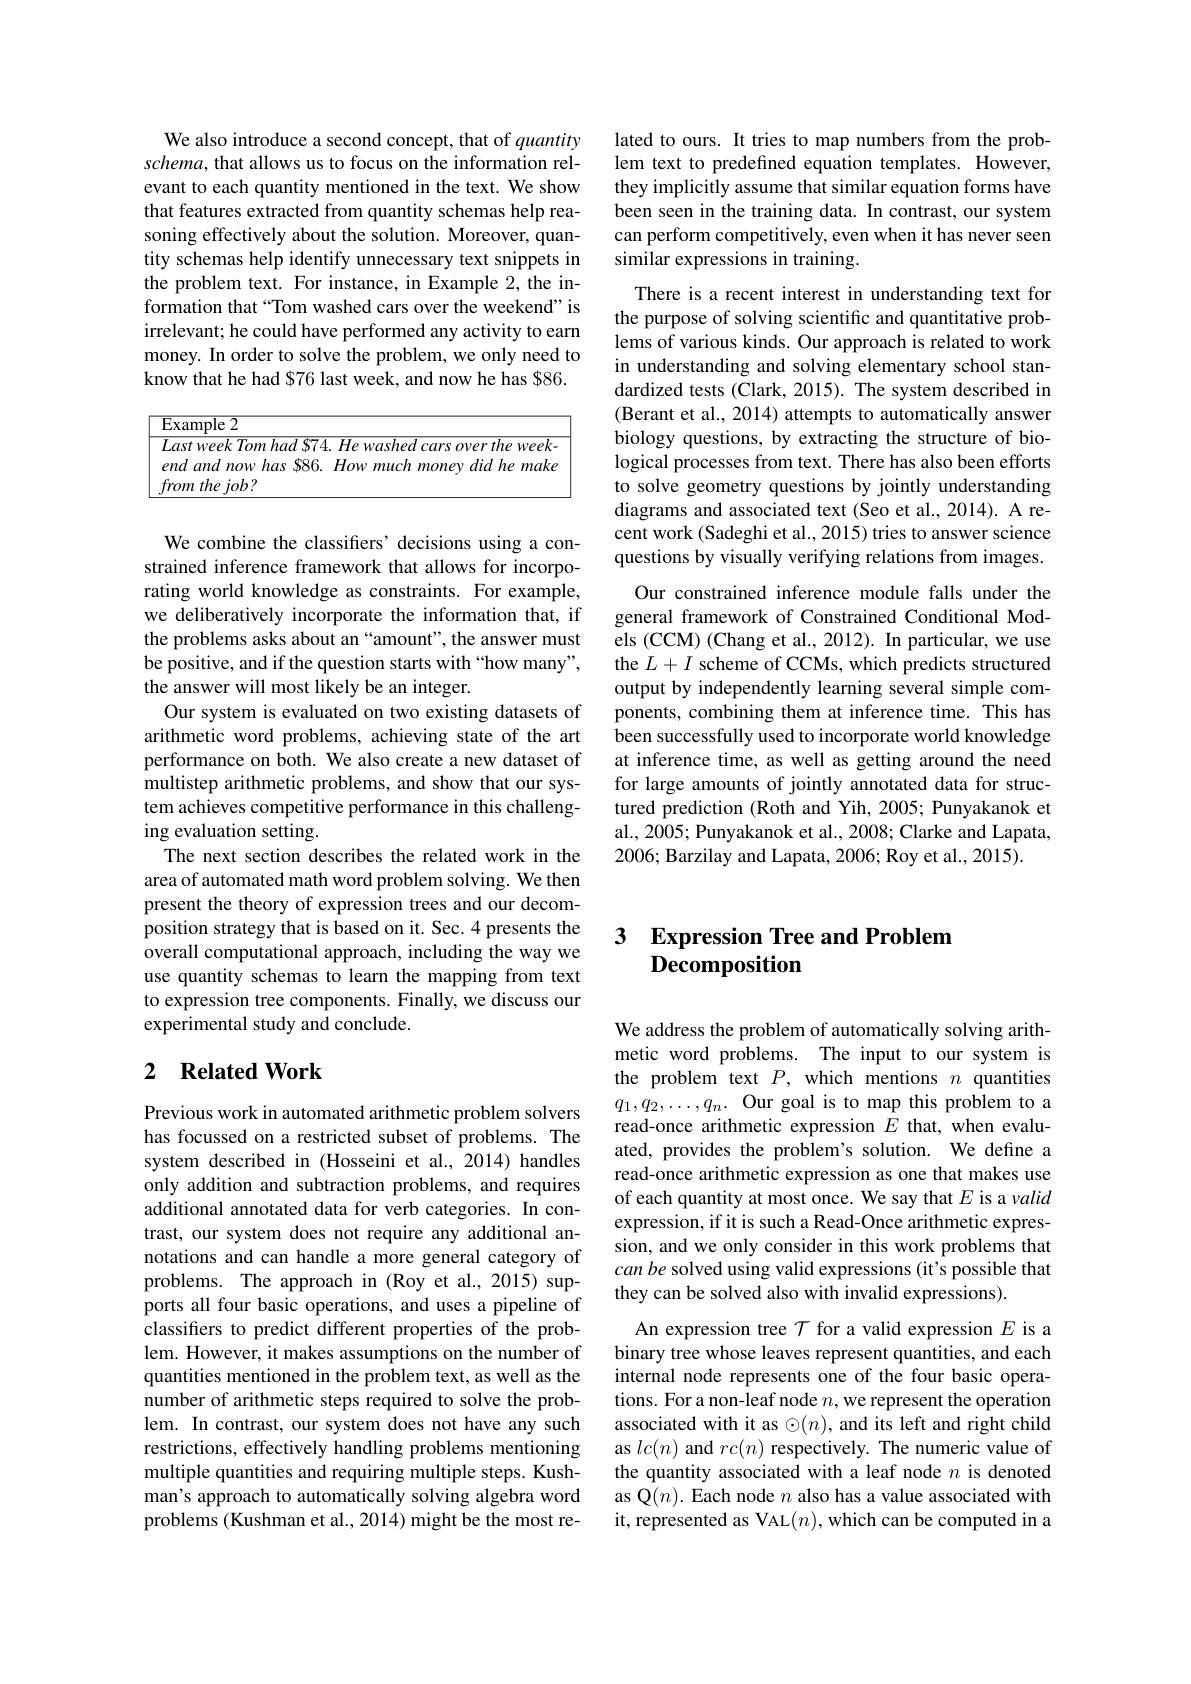
We also introduce a second concept, that of quantity schema, that allows us to focus on the information relevant to each quantity mentioned in the text. We show that features extracted from quantity schemas help reasoning effectively about the solution. Moreover, quantity schemas help identify unnecessary text snippets in the problem text. For instance, in Example 2, the information that“Tom washed cars over the weekend" is irrelevant; he could have performed any activity to earn money. In order to solve the problem, we only need to know that he had $76 last week, and now he has $86.

$\boxed{\text{Example 2}}$

$\frac{Lastweek\text{ Tom had S74. He washed cars over the week-}}{Lastweek\text{ Tom had S74. He washed cars over the weeek-}}$

end and now has 886. How much money did he make

from the job ?

We combine the classifiers’decisions using a constrained inference framework that allows for incorporating world knowledge as constraints. For example, we deliberatively incorporate the information that, if the problems asks about an“amount”, the answer must be positive, and if the question starts with“how many”, the answer will most likely be an integer.
Our system is evaluated on two existing datasets of arithmetic word problems, achieving state of the art performance on both. We also create a new dataset of multistep arithmetic problems, and show that our system achieves competitive performance in this challenging evaluation setting.
The next section describes the related work in the area of automated math word problem solving. We then present the theory of expression trees and our decomposition strategy that is based on it. Sec. 4 presents the overall computational approach, including the way we use quantity schemas to learn the mapping from text to expression tree components. Finally, we discuss our experimental study and conclude.

## 2 $\textbf{Related Work}$

Previous work in automated arithmetic problem solvers has focussed on a restricted subset of problems. The system described in (Hosseini et al., 2014) handles only addition and subtraction problems, and requires additional annotated data for verb categories. In contrast, our system does not require any additional annotations and can handle a more general category of problems. The approach in (Roy et al., 2015) supports all four basic operations, and uses a pipeline of classifiers to predict different properties of the problem. However, it makes assumptions on the number of quantities mentioned in the problem text, as well as the number of arithmetic steps required to solve the problem. In contrast, our system does not have any such restrictions, effectively handling problems mentioning multiple quantities and requiring multiple steps. Kushman's approach to automatically solving algebra word problems (Kushman et al., 2014) might be the most re-

lated to ours. It tries to map numbers from the problem text to predefined equation templates. However, they implicitly assume that similar equation forms have been seen in the training data. In contrast, our system can perform competitively, even when it has never seen similar expressions in training.

There is a recent interest in understanding text for the purpose of solving scientific and quantitative problems of various kinds. Our approach is related to work in understanding and solving elementary school standardized tests (Clark, 2015). The system described in (Berant et al., 2014) attempts to automatically answer biology questions, by extracting the structure of biological processes from text. There has also been efforts to solve geometry questions by jointly understanding diagrams and associated text (Seo et al., 2014). A recent work (Sadeghi et al., 2015) tries to answer science questions by visually verifying relations from images. Our constrained inference module falls under the
general framework of Constrained Conditional Models (CCM) (Chang et al., 2012). In particular, we use the $L+I$ scheme of CCMs, which predicts structured output by independently learning several simple components, combining them at inference time. This has been successfully used to incorporate world knowledge at inference time, as well as getting around the need for large amounts of jointly annotated data for structured prediction (Roth and Yih, 2005; Punyakanok et al., 2005; Punyakanok et al., 2008; Clarke and Lapata, 2006; Barzilay and Lapata, 2006; Roy et al., 2015).

## 3 Expression Tree and Problem Decomposition

We address the problem of automatically solving arithmetic word problems. The input to our system is the problem text $P$, which mentions $n$ quantities $q_1,q_2,\ldots,q_n.$ Our goal is to map this problem to read-once arithmetic expression $E$ that, when evaluated, provides the problem's solution. We define a read-once arithmetic expression as one that makes use of each quantity at most once. We say that $E$ is a valid expression, if it is such a Read-Once arithmetic expression, and we only consider in this work problems that can be solved using valid expressions (it's possible that they can be solved also with invalid expressions).

An expression tree $\mathcal{T}$ for a valid expression $E$ is a binary tree whose leaves represent quantities, and each internal node represents one of the four basic operations. For a non-leaf node $n$,we represent the operation associated with it as $\odot(n)$, and its left and right child as $lc(n)$ and $rc(n)$ respectively. The numeric value of the quantity associated with a leaf node $n$ is denoted as Q$(n).$ Each node $n$ also has a value associated with it, represented as VAL$(n)$,which can be computed in a